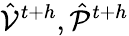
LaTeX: \hat{\mathcal{V}}^{t{+}h},\hat{\mathcal{P}}^{t{+}h}